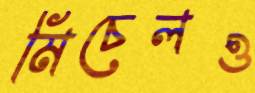
মিচেলও